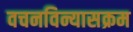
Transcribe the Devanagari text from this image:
वचनविन्यासक्रम